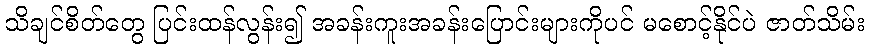
သိချင်စိတ်တွေ ပြင်းထန်လွန်း၍ အခန်းကူးအခန်းပြောင်းများကိုပင် မစောင့်နိုင်ပဲ ဇာတ်သိမ်း